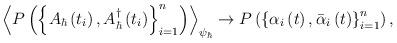
LaTeX: \begin{align*}\left\langle P\left( \left\{ A_{\hbar}\left( t_{i}\right) ,A_{\hbar}^{\dag}\left( t_{i}\right) \right\} _{i=1}^{n}\right) \right\rangle_{\psi_{\hbar}}\rightarrow P\left( \left\{ \alpha_{i}\left( t\right),\bar{\alpha}_{i}\left( t\right) \right\} _{i=1}^{n}\right) ,\end{align*}